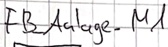
Text: FB_Anlage.M1